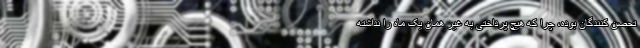
تحصن کنندگان بوده، چرا که هیچ پرداختی به غیر همان یک ماه را نداشته